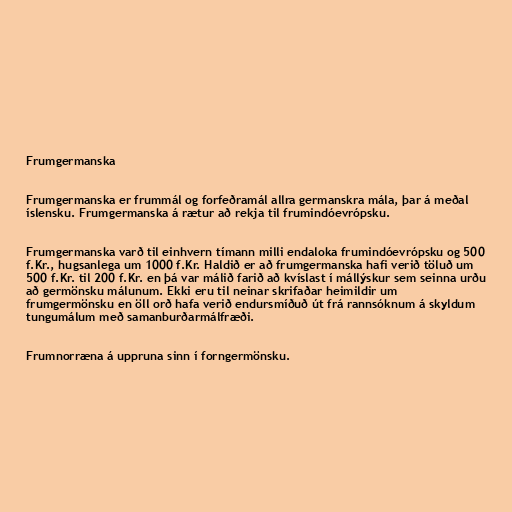
Frumgermanska

Frumgermanska er frummál og forfeðramál allra germanskra mála, þar á meðal
íslensku. Frumgermanska á rætur að rekja til frumindóevrópsku.

Frumgermanska varð til einhvern tímann milli endaloka frumindóevrópsku og 500
f.Kr., hugsanlega um 1000 f.Kr. Haldið er að frumgermanska hafi verið töluð um
500 f.Kr. til 200 f.Kr. en þá var málið farið að kvíslast í mállýskur sem seinna urðu
að germönsku málunum. Ekki eru til neinar skrifaðar heimildir um
frumgermönsku en öll orð hafa verið endursmíðuð út frá rannsóknum á skyldum
tungumálum með samanburðarmálfræði.

Frumnorræna á uppruna sinn í forngermönsku.